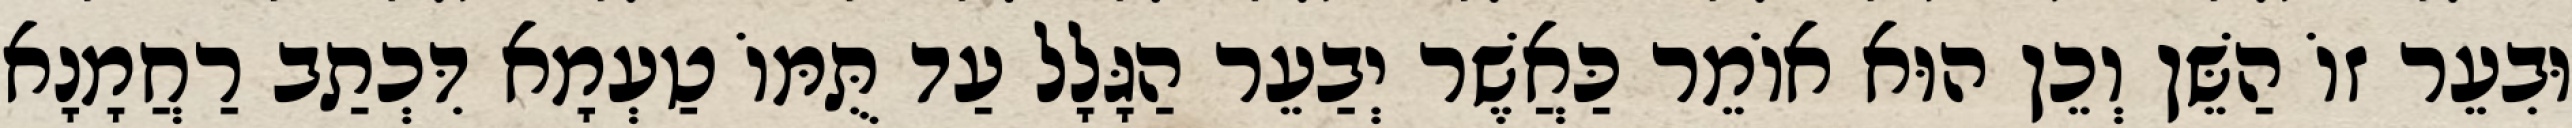
וּבִעֵר זוֹ הַשֵּׁן וְכֵן הוּא אוֹמֵר כַּאֲשֶׁר יְבַעֵר הַגָּלָל עַד תֻּמּוֹ טַעְמָא דִּכְתַב רַחֲמָנָא